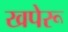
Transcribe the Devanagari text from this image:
खपेरू